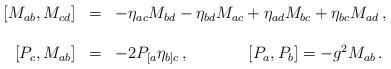
LaTeX: \begin{align*}\begin{array}{rcl}\left[M_{ab},M_{cd} \right] & = &-\eta_{ac}M_{bd} -\eta_{bd} M_{ac}+\eta_{ad} M_{bc} +\eta_{bc} M_{ad}\, ,\\& & \\\left[P_{c},M_{ab}\right] & = & -2P_{[a}\eta_{b]c}\, ,\hspace{1.5cm}\left[P_{a},P_{b} \right] = -g^{2}M_{ab}\, .\\\end{array}\end{align*}